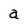
Character: a